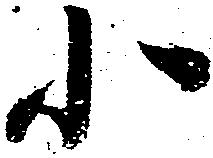
小